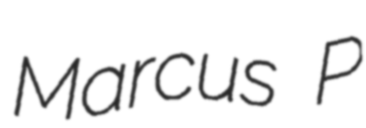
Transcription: Marcus P